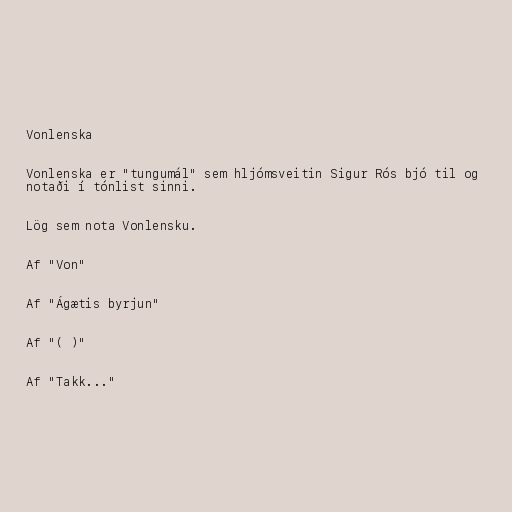
Vonlenska

Vonlenska er "tungumál" sem hljómsveitin Sigur Rós bjó til og
notaði í tónlist sinni.

Lög sem nota Vonlensku.

Af "Von"

Af "Ágætis byrjun"

Af "( )"

Af "Takk..."